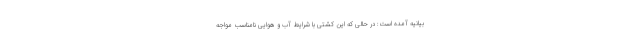
بیانیه آمده است: در حالی که این کشتی با شرایط آب و هوایی نامناسب مواجه